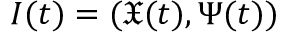
\boldsymbol { I } ( t ) = ( \boldsymbol { \mathfrak { X } } ( t ) , \boldsymbol { \Psi } ( t ) )